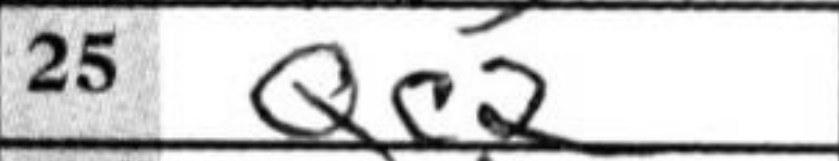
Transcription: Qc2